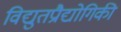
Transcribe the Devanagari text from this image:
विद्युतप्रौद्योगिकी